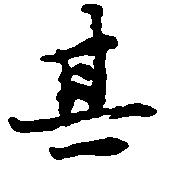
其